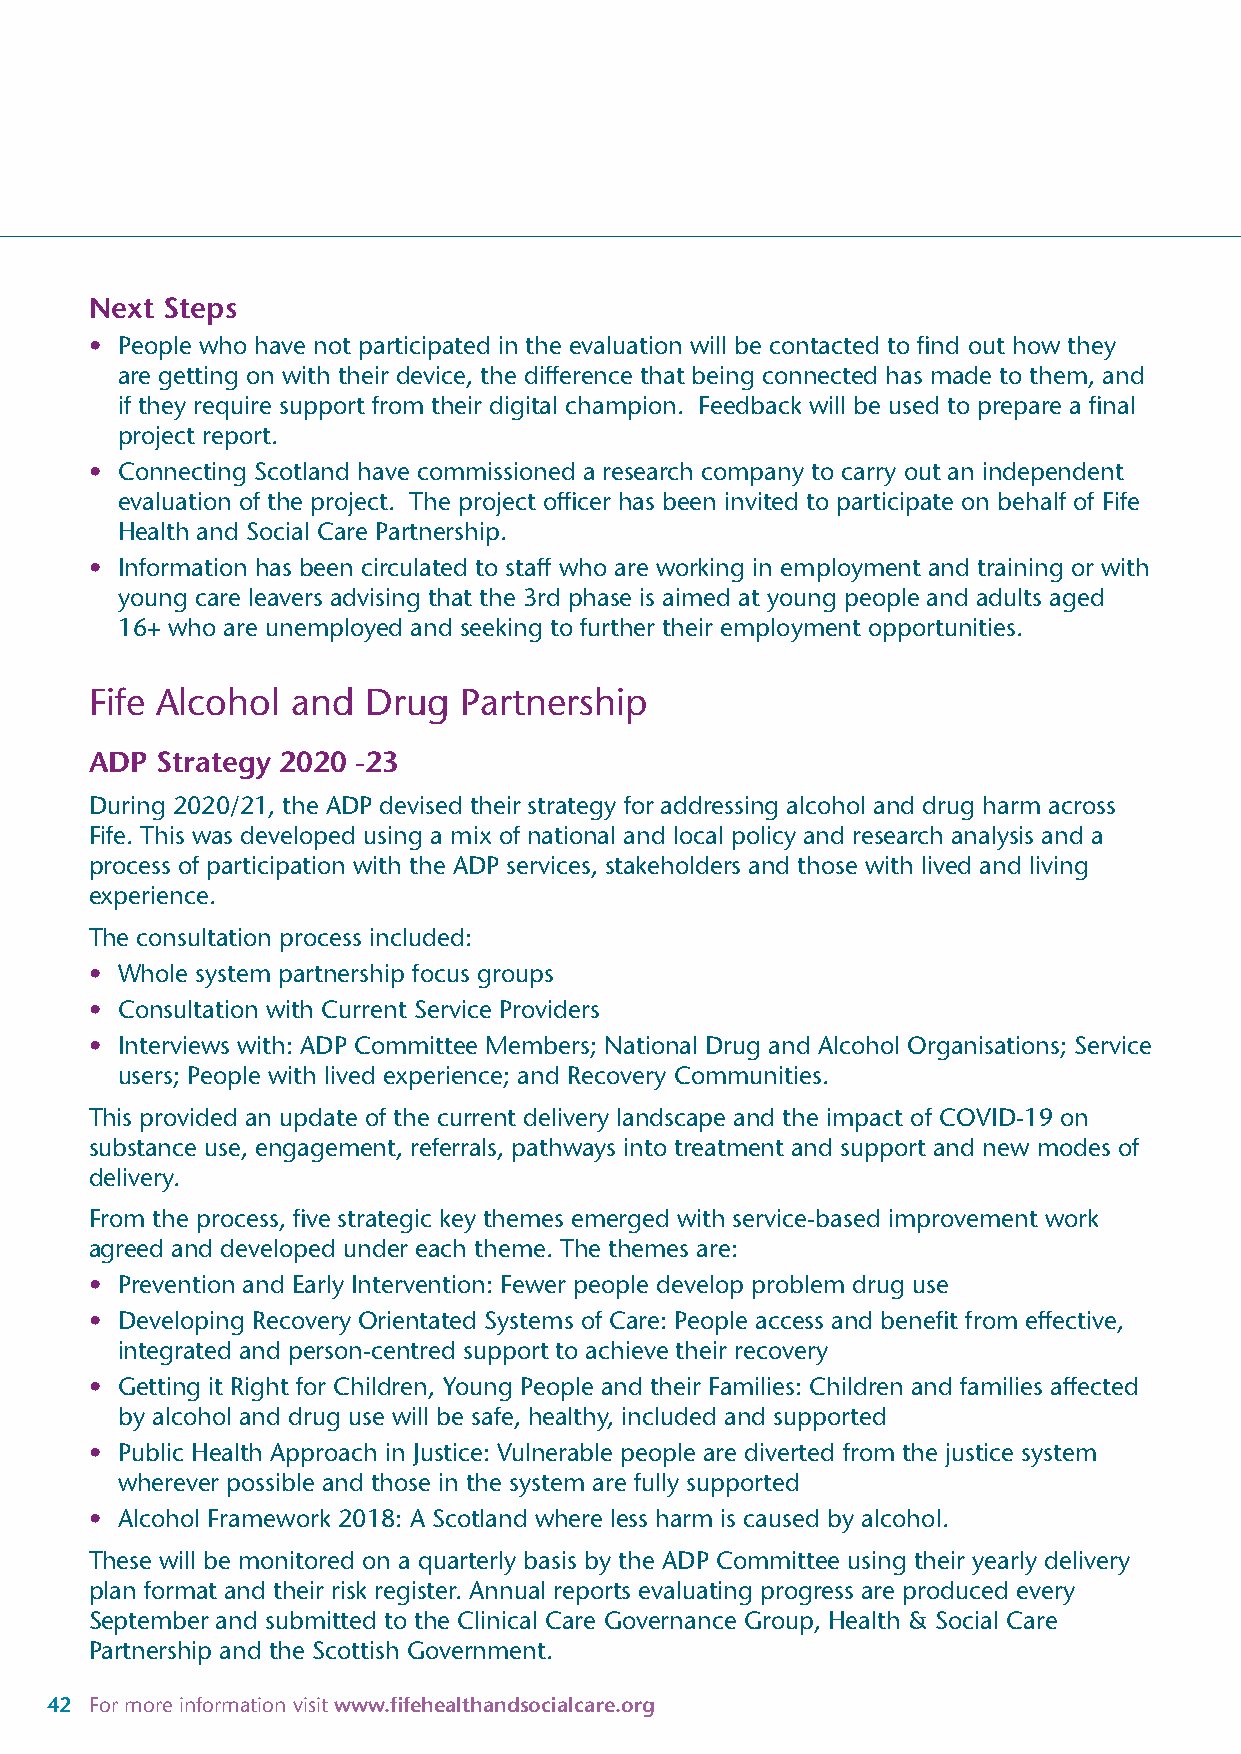
Next Steps
 • People who have not participated in the evaluation will be contacted to find out how they
 are getting on with their device, the difference that being connected has made to them, and
 if they require support from their digital champion. Feedback will be used to prepare a final
 project report.
 • Connecting Scotland have commissioned a research company to carry out an independent
 evaluation of the project. The project officer has been invited to participate on behalf of Fife
 Health and Social Care Partnership.
 • Information has been circulated to staff who are working in employment and training or with
 young care leavers advising that the 3rd phase is aimed at young people and adults aged
 16+ who are unemployed and seeking to further their employment opportunities.
 Fife Alcohol and  Drug  Partnership
 ADP Strategy 2020 -23
 During 2020/21, the ADP devised their strategy for addressing alcohol and drug harm across
 Fife. This was developed using a mix of national and local policy and research analysis and a
 process of participation with the ADP services, stakeholders and those with lived and living
 experience.
 The consultation process included:
 • Whole system partnership focus groups
 • Consultation with Current Service Providers
 • Interviews with: ADP Committee Members; National Drug and Alcohol Organisations; Service
 users; People with lived experience; and Recovery Communities.
 This provided an update of the current delivery landscape and the impact of COVID-19 on
 substance use, engagement, referrals, pathways into treatment and support and new modes of
 delivery.
 From the process, five strategic key themes emerged with service-based improvement work
 agreed and developed under each theme. The themes are:
 • Prevention and Early Intervention: Fewer people develop problem drug use
 • Developing Recovery Orientated Systems of Care: People access and benefit from effective,
 integrated and person-centred support to achieve their recovery
 • Getting it Right for Children, Young People and their Families: Children and families affected
 by alcohol and drug use will be safe, healthy, included and supported
 • Public Health Approach in Justice: Vulnerable people are diverted from the justice system
 wherever possible and those in the system are fully supported
 • Alcohol Framework 2018: A Scotland where less harm is caused by alcohol.
 These will be monitored on a quarterly basis by the ADP Committee using their yearly delivery
 plan format and their risk register. Annual reports evaluating progress are produced every
 September and submitted to the Clinical Care Governance Group, Health & Social Care
 Partnership and the Scottish Government.
 42 For more information visit www.fifehealthandsocialcare.org